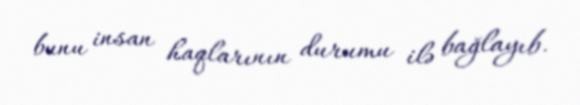
bunu insan haqlarının durumu ilə bağlayıb.